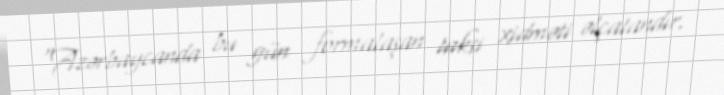
“Azərbaycanda bu gün formalaşan taksi xidməti əlçatandır.